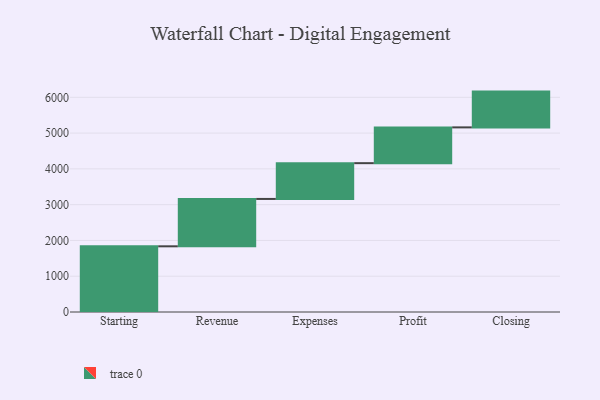
{"axis": {"x": "Step", "y": "Value"}, "legend": [""], "data": [{"x": "Starting", "y": 1836.0, "type": ""}, {"x": "Revenue", "y": 1324.0, "type": ""}, {"x": "Expenses", "y": 1000, "type": ""}, {"x": "Profit", "y": 1000, "type": ""}, {"x": "Closing", "y": 1000, "type": ""}]}